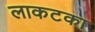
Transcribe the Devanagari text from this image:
लाकटका